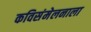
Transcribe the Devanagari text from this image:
कविसंमेलनाला